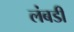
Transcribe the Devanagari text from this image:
लंबडी